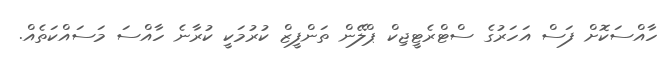
ހާއްސަކޮށް ފަސް އަހަރުގެ ސްޓްރެޓީޖިކް ޕްލޭން ތަންފީޒް ކުރުމަކީ ކުރާނެ ހާއްސަ މަސައްކަތެއް.